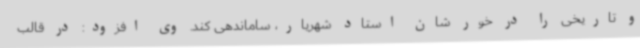
و تاریخی را در خور شان استاد شهریار، ساماندهی کند. وی افزود: در قالب